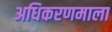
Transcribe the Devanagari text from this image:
अधिकरणमाला